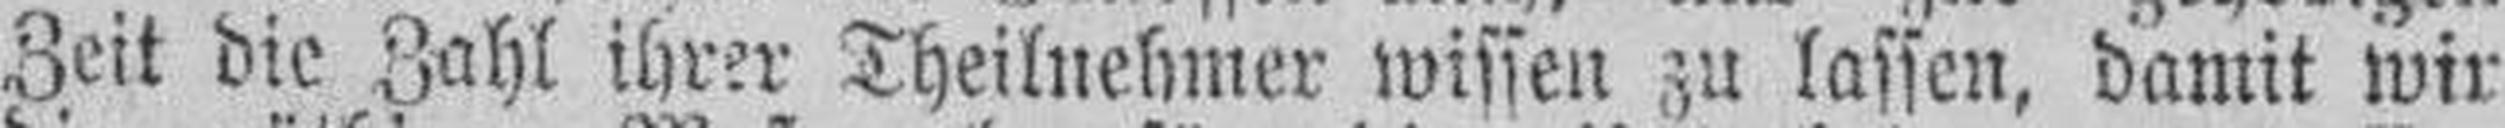
Zeit die Zahl ihrer Theilnehmer wissen zu lassen, damit wir